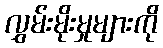
လွှမ်းမိုးမှုများကို